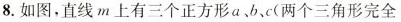
8.如图，直线m上有三个正方形a、b、c(两个三角形完全